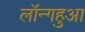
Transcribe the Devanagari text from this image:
लॉन्गहुआ